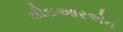
સીઇઆરએન